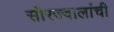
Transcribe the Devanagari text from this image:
सौरज्वालांची